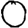
Digit: 0